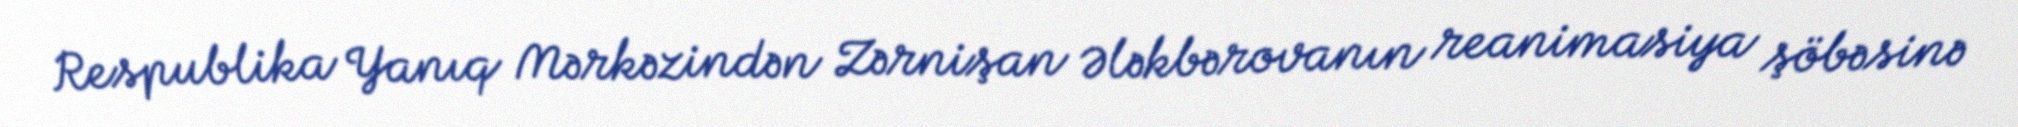
Respublika Yanıq Mərkəzindən Zərnişan Ələkbərovanın reanimasiya şöbəsinə